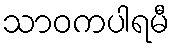
သာဝကပါရမီ